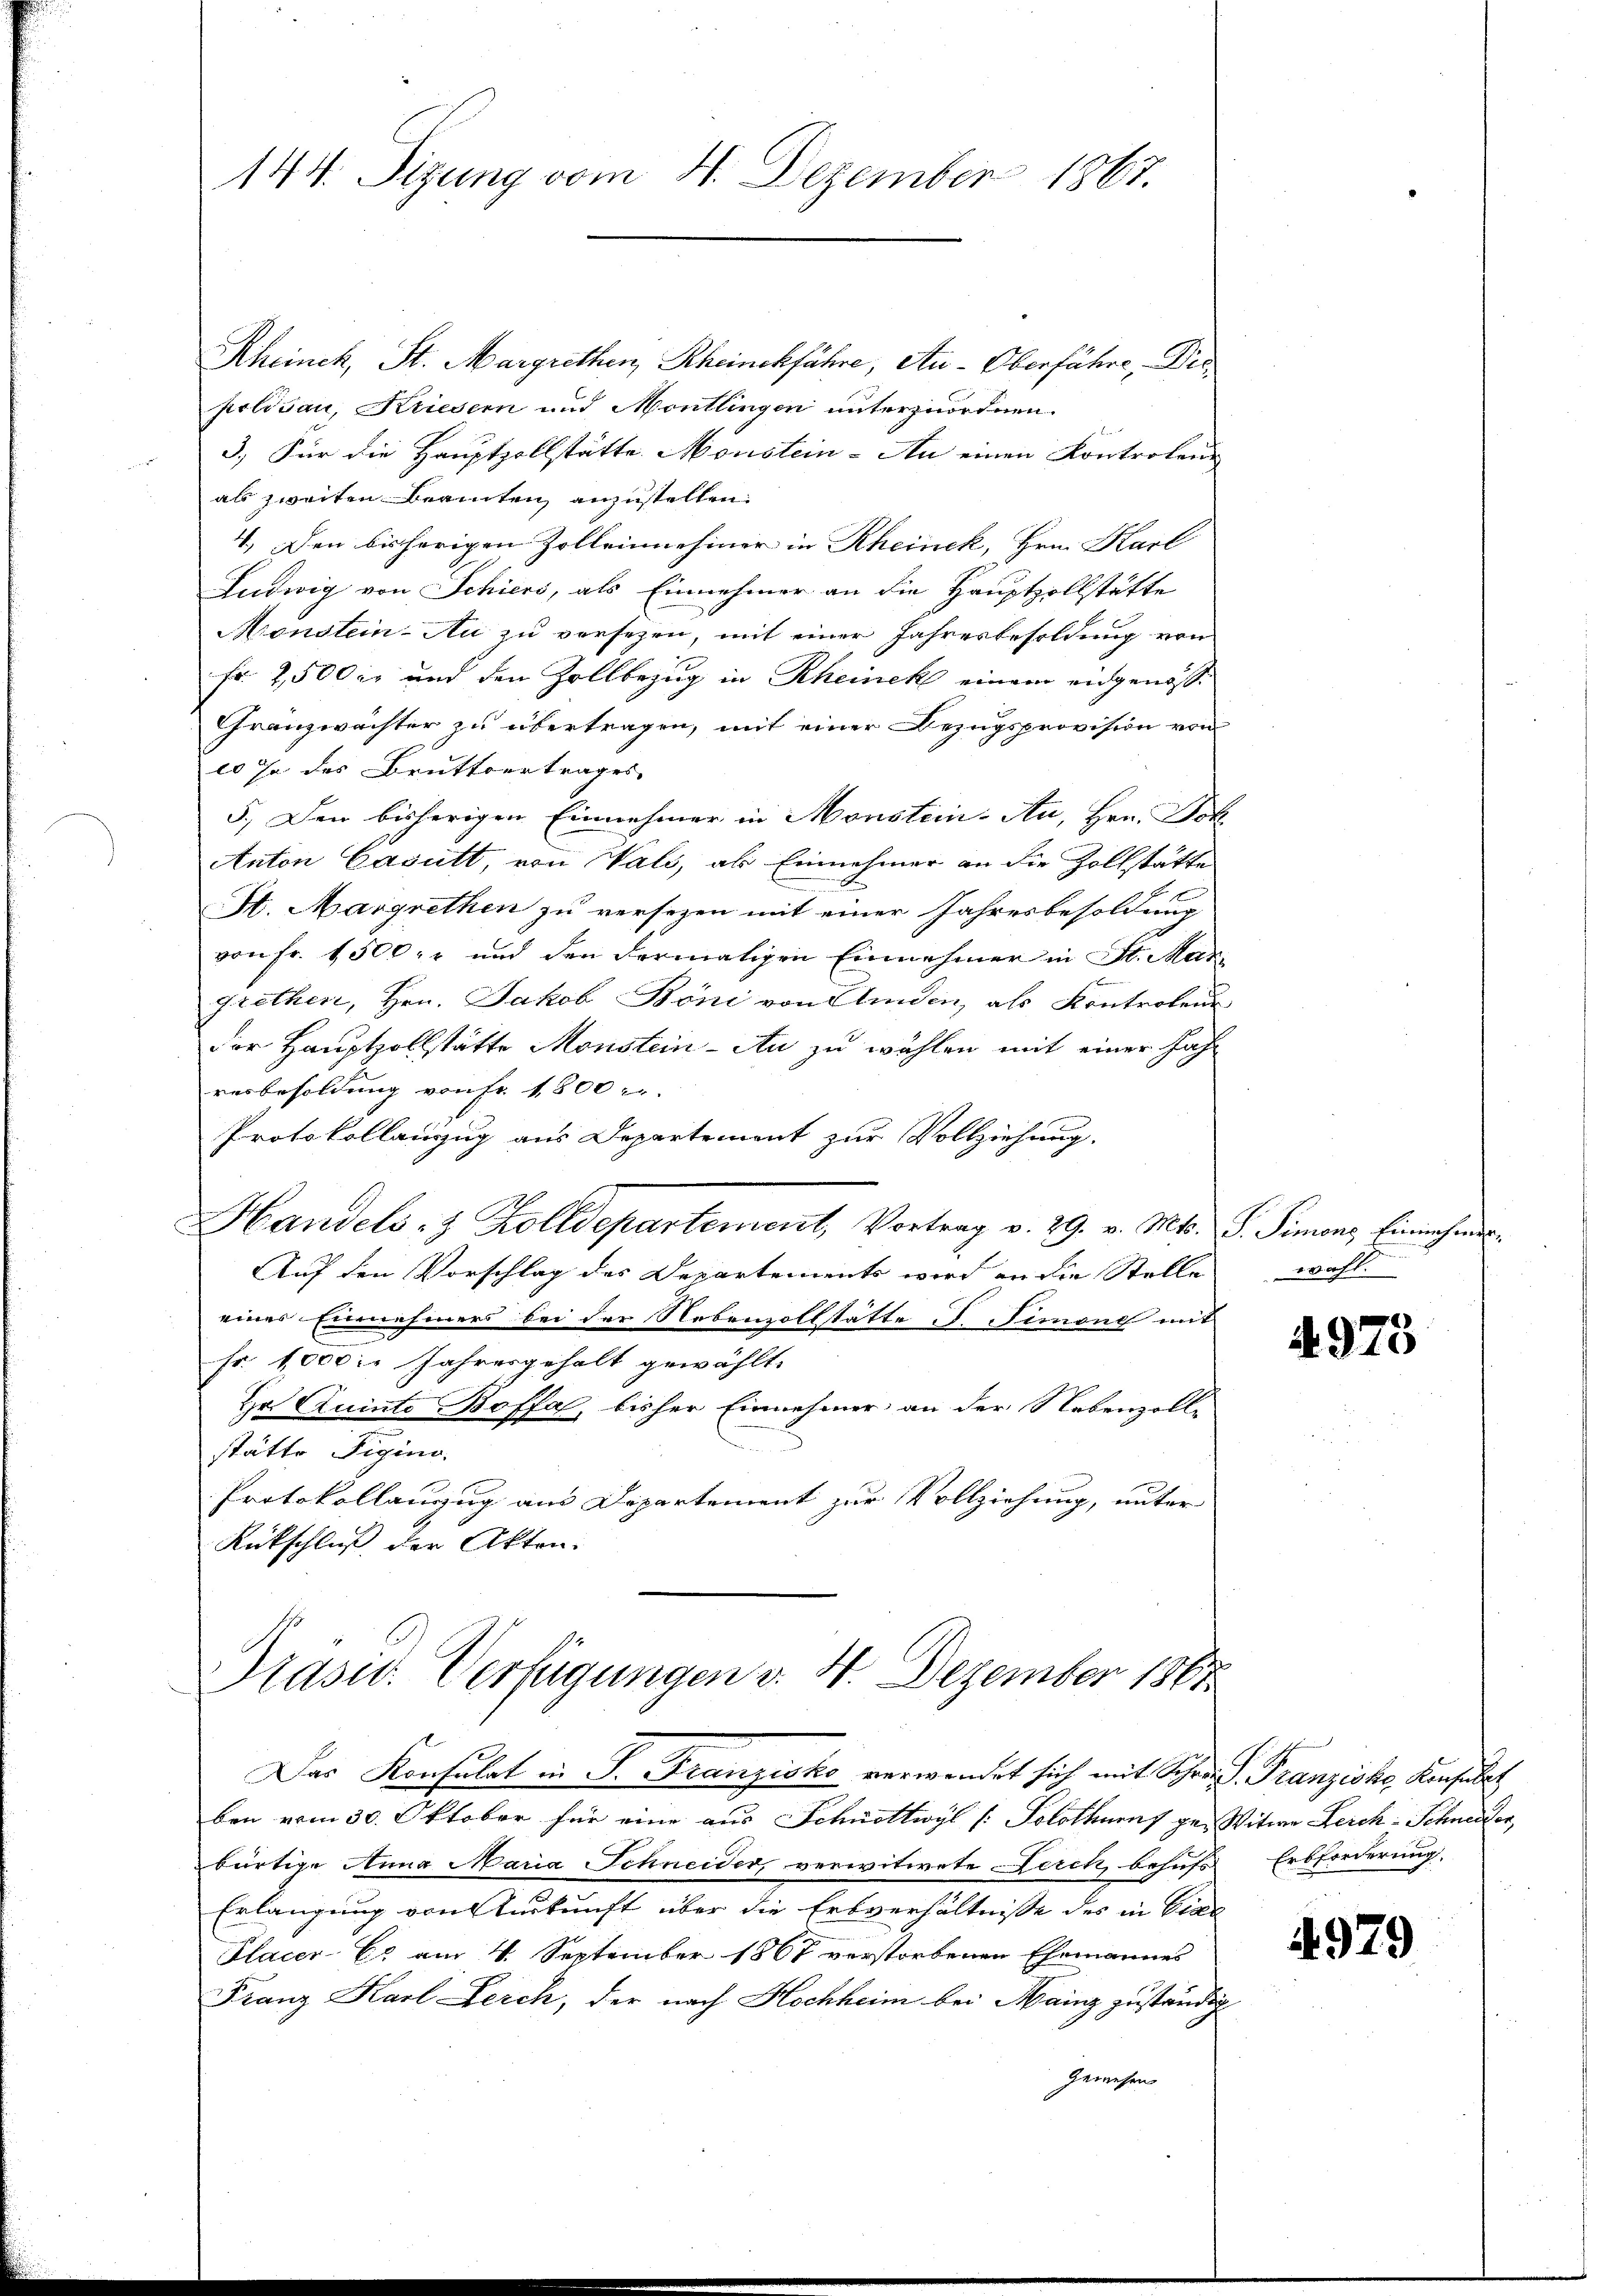
144. Sizung vom 4. Dezember 1867.

Rheinck, St. Margrethen Rheinchführe, Au-Oberfähre,  Diepolisau, Kriesern und Montlingen unterzuordnen.
3.) Für die Hauptzollstätte. Morstein-An einen Kontrolene
als zweiten Beamten anzustellen.
4. Den bisherigen Zolleinnehmer in Rheinek, Hrn. Karl
Ludwig von Schiers, als Einnehmer an die Hauptzollstätte
Monstein-Au zu versezen, mit einer Jahresbesoldung von
fr. 2,500 xr und den Zollbezug in Rheinek einem eidgenosse
Gränzwachter zu übertragen, mit einer Bezugsprovision von
10 Ja des Bruttvertrages
5.) Den bisherigen Einnehmer in Monstein-An, Hrn. Dok
Anton Casutt, von Vals, als Einnehmer an die Zollstätte
H. Margrethen zu versezen mit einer Jahresbesoldung
von Fr. 1500 r und den dermaligen Einnahmer in St. Mar
grethen, Hrn. Jakob Böni von Kinden, als Kontrolen
der Hauptzollstätte Monstein - Au zu wählen mit einer Jahr
resbesoldung von Fr. 1800
Protokollauszug aus Departement zur Vollziehung.
Handels- & Zolldepartement, Vortrag v. 29. v. Mts. S. Simeonz Einnahmen
Auf den Vorschlag des Departements wird an die Stelle
eines Einnehmers bei der Nebenvollstätte d. Simone mit
fr. 1000 in Jahresgehalt gewählt.
Hr. Quinto Boffa, bisher Einnehmer an der Nebenzoll-
stätte Figino.
Protokollanzug aus Departement zur Vollziehung, unter
Rückschluß der Akten.

Präsid. Verfügungen v. 4. Dezember 1861

Das Konsulat in P. Franzisko verwendet sich mit Schrei Franziska Konsulat
ben vom 30. Oktober für eine aus Schnettwyl (: Solothurns ge- Witwe Lerch- Schneider,
bürtige Anna Maria Schneider, verwitwete Lerch, behufs
Erlangung von Auskunft über die Erbverhältnisse des in Cal
Placer- Er am 4. September 1867 verstorbenen Ehemannes
Franz Karl Lerch, der nach Hochheim bei Mainz zuständig
Gewesen

wahl.

4973

Erbforderung.

4979